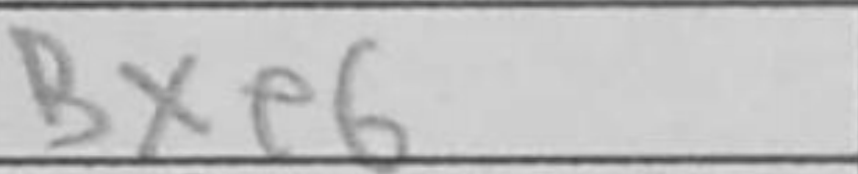
Transcription: Bxe6